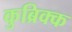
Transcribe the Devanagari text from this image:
कुब्रिक्क